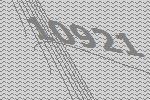
10921